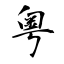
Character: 粵